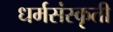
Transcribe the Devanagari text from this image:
धर्मसंस्कृती